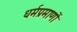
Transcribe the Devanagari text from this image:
धर्मप्रमाणों